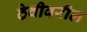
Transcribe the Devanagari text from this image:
ठेवीवरील